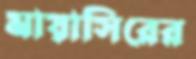
মায়াসিরের